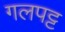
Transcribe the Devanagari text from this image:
गलपट्ट